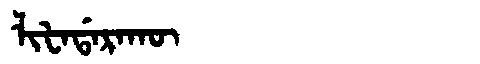
Manchu: ᠯᡳᡶᠠᡩᠠᡵᠠᡴᡡ
Romanization: LIFADARAKŪ